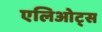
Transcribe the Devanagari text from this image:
एलिओट्स